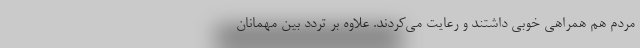
مردم هم همراهی خوبی داشتند و رعایت می‌کردند. علاوه بر تردد بین مهمانان